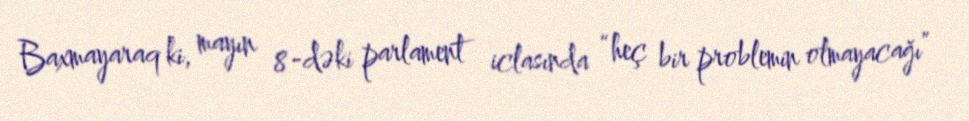
Baxmayaraq ki, mayın 8-dəki parlament iclasında “heç bir problemin olmayacağı”